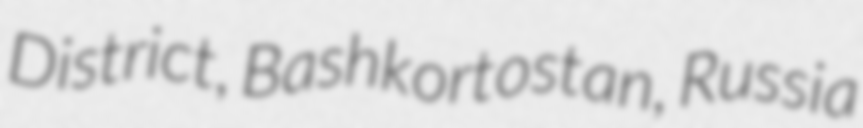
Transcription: District, Bashkortostan, Russia